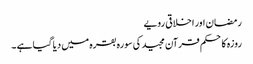
رمضان اور اخلاقی رویے
روزہ کا حکم قرآن مجید کی سورہ بقرہ میں دیا گیا ہے ۔